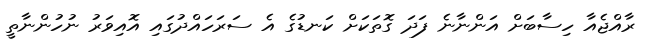
ރާއްޖެއާ ހިސާބަށް އަންނާނެ ފަދަ ގޮތަކަށް ކަނޑުގެ އެ ސަރަހައްދުގައި އޮއިވަރު ނުހުންނާތީ